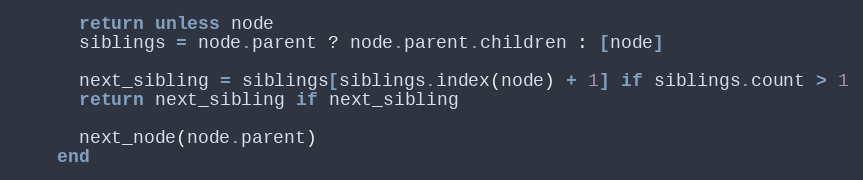
Language: Ruby
      return unless node
      siblings = node.parent ? node.parent.children : [node]

      next_sibling = siblings[siblings.index(node) + 1] if siblings.count > 1
      return next_sibling if next_sibling

      next_node(node.parent)
    end